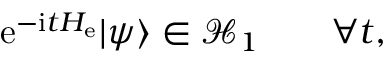
\mathrm { e } ^ { - \mathrm { i } t H _ { \mathrm { e } } } | \psi \rangle \in \mathcal { H } _ { 1 } \qquad \forall t ,